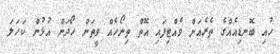
ހުއި ބޮނޑިއެއްގެ ތެރެއަށް ވެއްޓިފައި އޮތް ތިނޯހެއް ވީތަން ހޯދަން އުޅުން ކަހަލަ